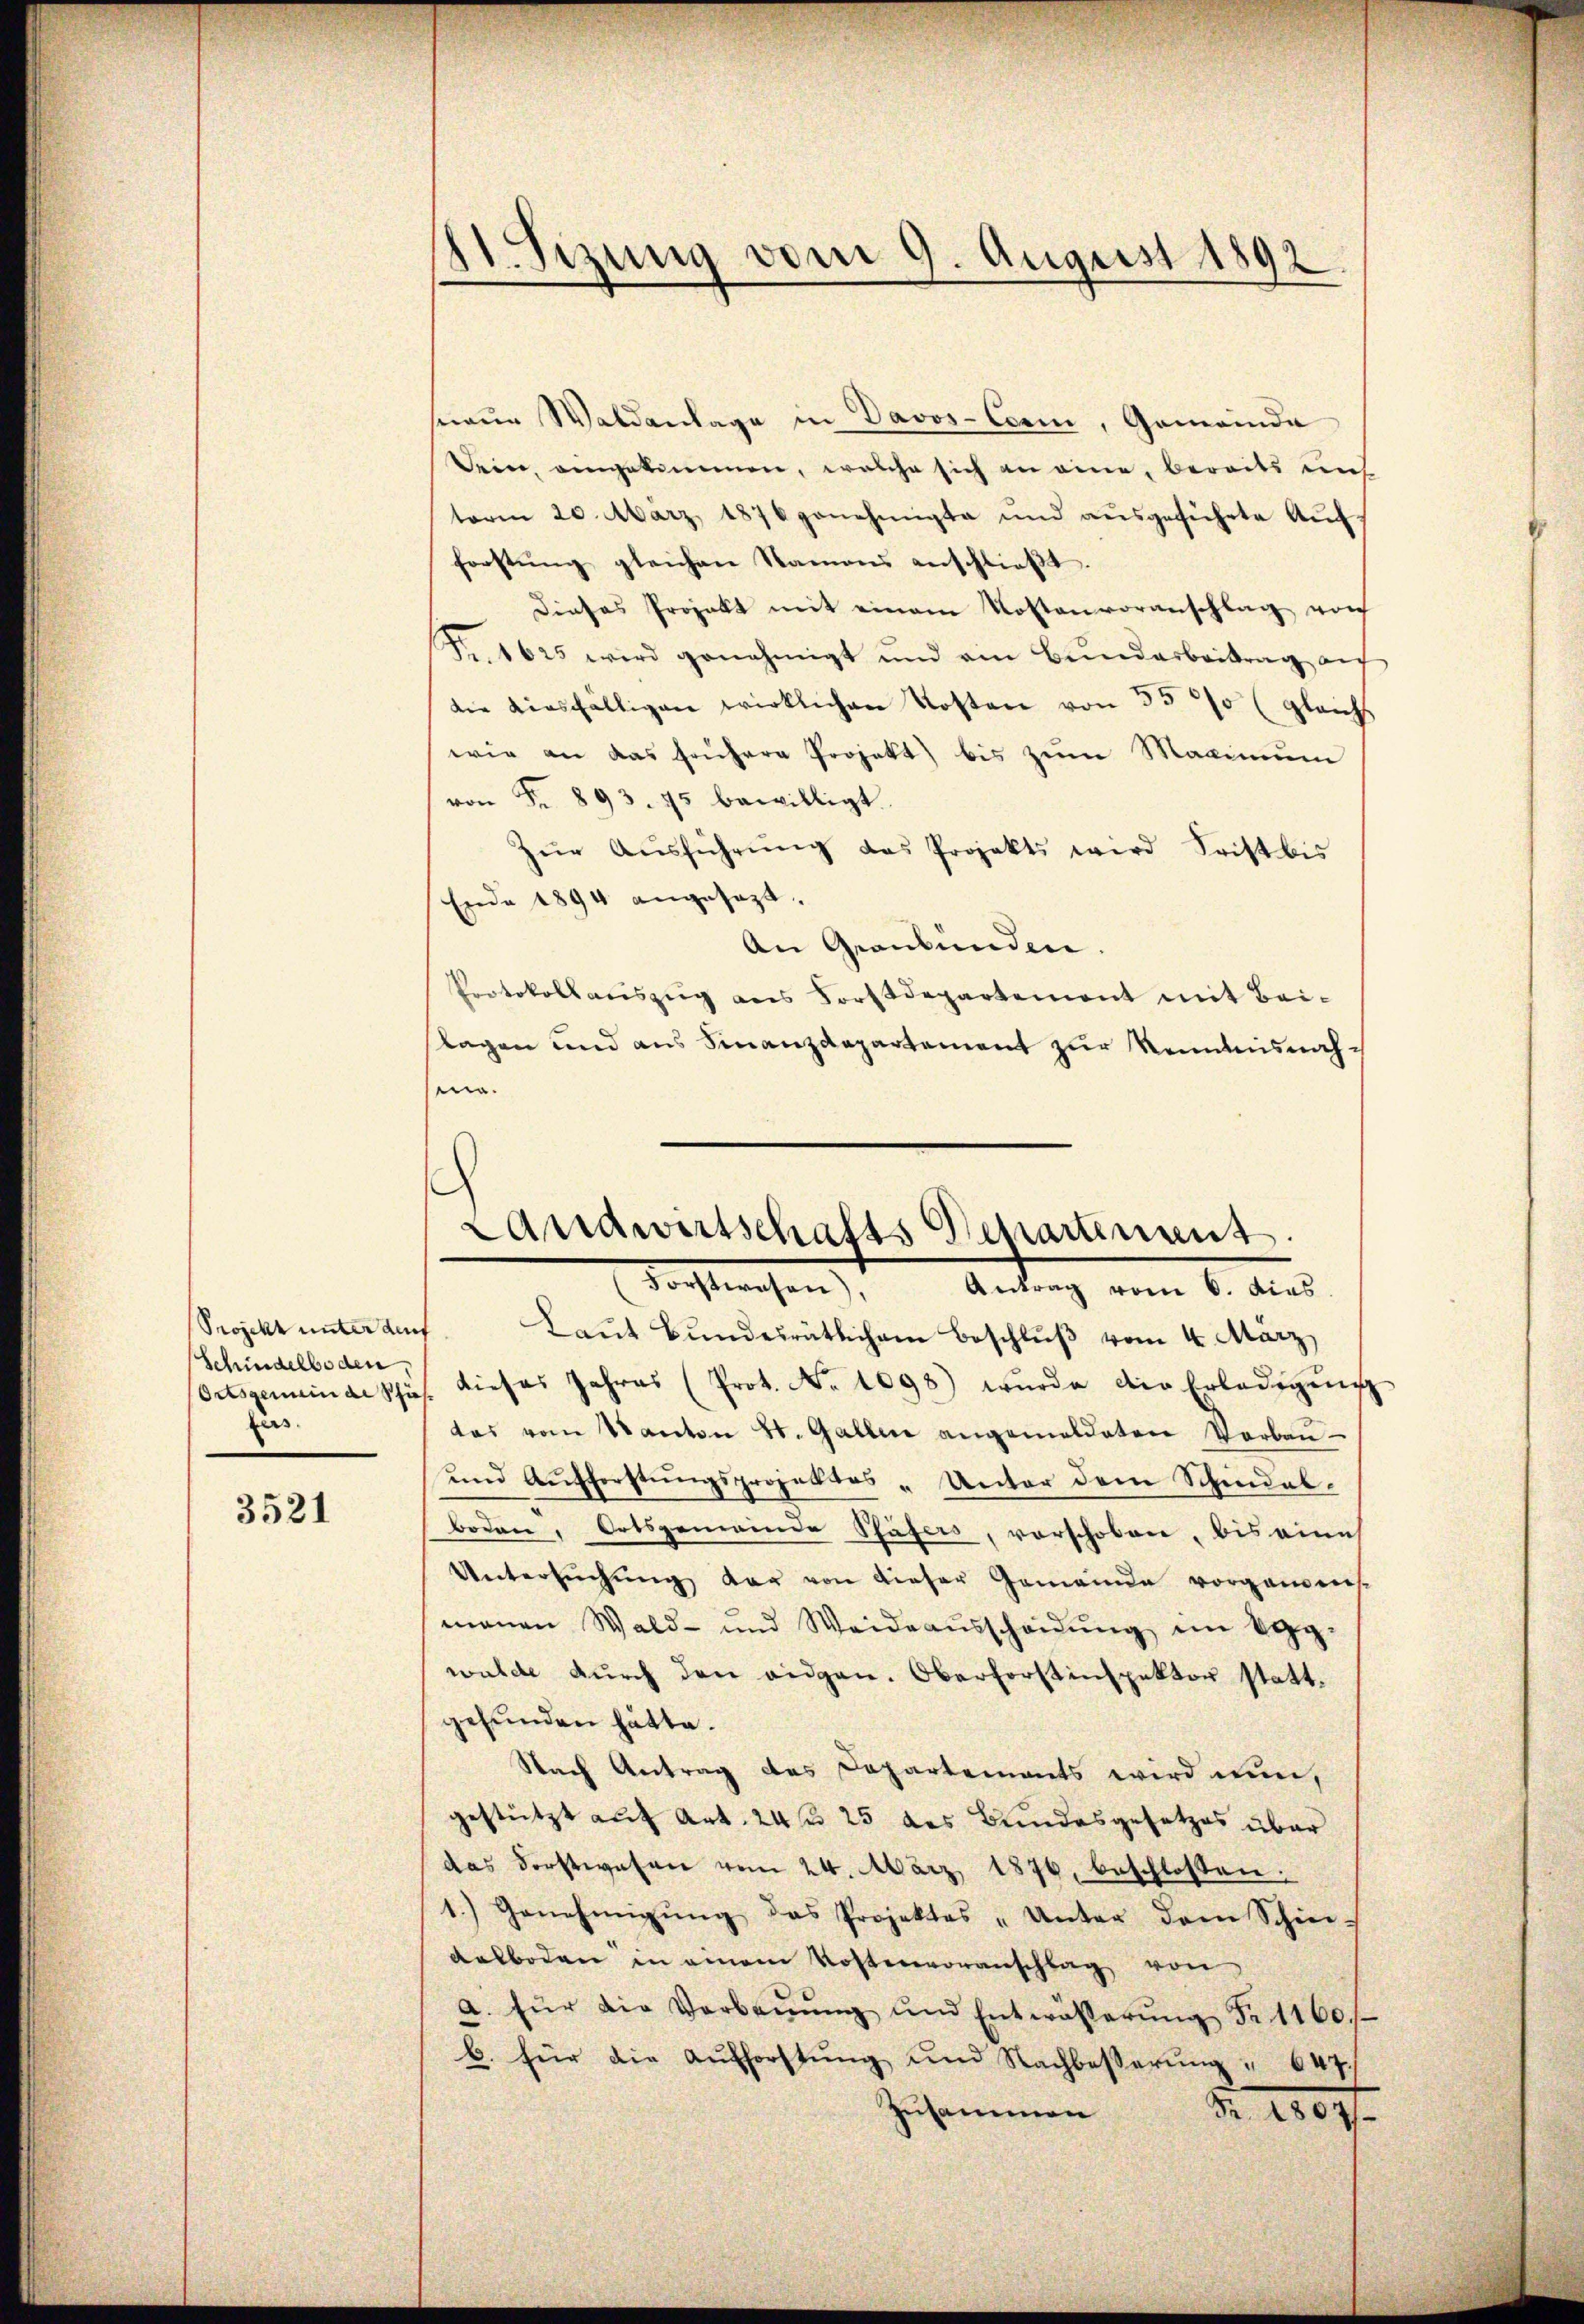
Schindelboden,
fus.

3521

Besizung vom 9. August 1892

Landwirtschafts Departement.

hneue Waldanlage in Davos- Corn, Gemeinde
Dein angekommen, welche sich an eine, bereits uns
term 20. März 1876 genehmigte und aŭsgeführte Aŭf-
forstŭng gleichen Namens anschlieβt.
dieses Projekt mit einem Kostenvoranschlag von
Fr. 1625 wird genehmigt und ain Bŭndarbeitrag aŭf
die diesfaltigen wirklichen Kosten von 3500 (gleichs
wie an das frühere Projekt) bis zum Maximum
von Fr. 893. 75 bewilligt.
Zŭr Aŭsführŭng das Projekts wird Frist bis
Ende 1894 angesezt.
An Graubünden.
Protokollaŭszŭg ans Forstdepartement mit Bei-
slagen und aus Finanzdepartement zur Kenntnisnahsein.
Forstwesen), Antrag vom 6. dies
Projekt unter auf. Laut Bundesrätlichem Beschluß vom 4. März,
Ortsgemeinde Schus. dieses Jahres (Prot. No 1098) wurde die Erledigŭng
das vom Kanton St. Gallen angemeldeten Verbaŭ-
und Aufforstungsprojektes „Unter dem Schindel-
boden, Ortsgemeinde Pfäfers, vorschoben, bis eine
Untersŭchŭng der von dieser Gemeinde vorgangens-
manen Wald- und Weideaŭsscheidŭng im Egg-
walde durch den eidgen. Oberforstinspektor stattgefunden hätte.
Nach Antrag des Departements wird nun,
gestützt auf Art. 24 25 des Bundesgesetzes über
das Forstwesen vom 24. März 1876, beschlossen:
1.) Genehmigŭng das Projektes „Unter dem Schie-
Kalboden in einem Kostenvoranschlag von
a. für die Verbaŭŭng und Entwässerŭng Nr. 1160.
b. für die Aufforstŭng und Nachbesserŭng " 647
Zusammen
Nr. 1807.